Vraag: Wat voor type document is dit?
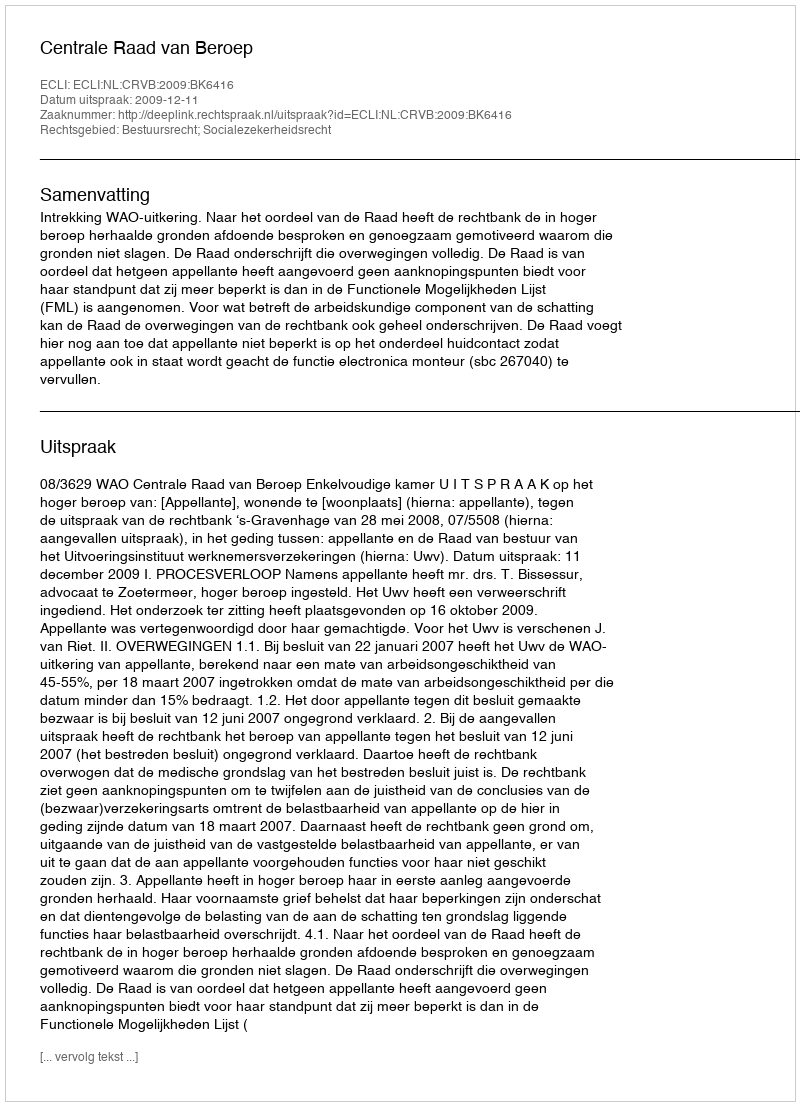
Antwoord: Uitspraak